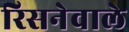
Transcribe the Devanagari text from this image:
रिसनेवाले